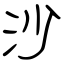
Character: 沙